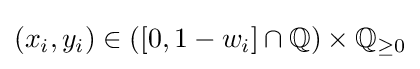
(x_{i},y_{i})\in ([0,1-w_{i}]\cap \mathbb {Q} )\times \mathbb {Q} _{\geq 0}